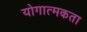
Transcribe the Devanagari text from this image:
योगात्मकता